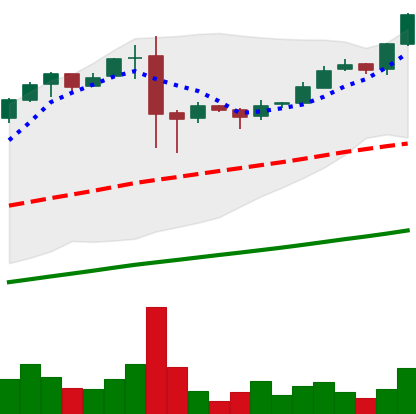
Ticker: BTC-USD
Chart end date: 2017-02-21
Forward return: 4.474%
Label: up_3_5